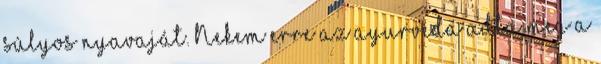
súlyos nyavaját. Nekem erre az ayurvéda adta meg a